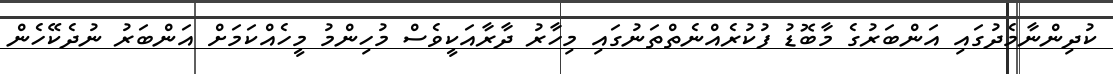
ކުދިންނާމެދުގައި އަންބަރުގެ މާބޮޑު ފުކުރެއްނެތްތަނުގައި މިހާރު ދާރާއަކީވެސް މުހިންމު މީހެއްކަމަށް އަންބަރު ނުދެކޭހެން